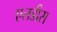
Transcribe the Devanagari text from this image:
एलडीस